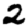
Digit: 2